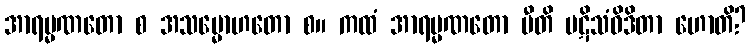
အာရမ္မဏတော စ အသမ္မောဟတော စ။ ကထံ အာရမ္မဏတော ပီတိ ပဋိသံဝိဒိတာ ဟောတိ?